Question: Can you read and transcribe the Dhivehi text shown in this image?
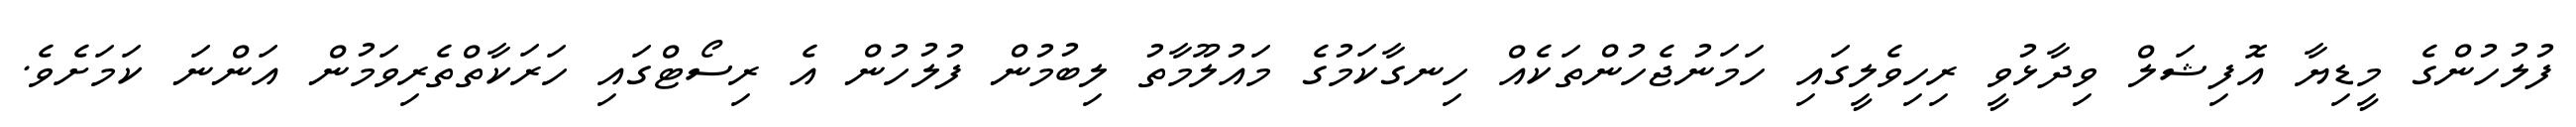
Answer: ފުލުހުންގެ މީޑިޔާ އޮފިޝަލް ވިދާޅުވީ ރިހިވެލީގައި ހަމަނުޖެހުންތަކެއް ހިނގާކަމުގެ މައުލޫމާތު ލިބުމުން ފުލުހުން އެ ރިސޯޓްގައި ހަރަކާތްތެރިވަމުން އަންނަ ކަމަށެވެ.